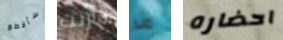
سأقطع قارنت منذ احضاره